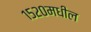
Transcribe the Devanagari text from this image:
१५२०मधील